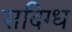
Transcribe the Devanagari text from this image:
सदिग्ध